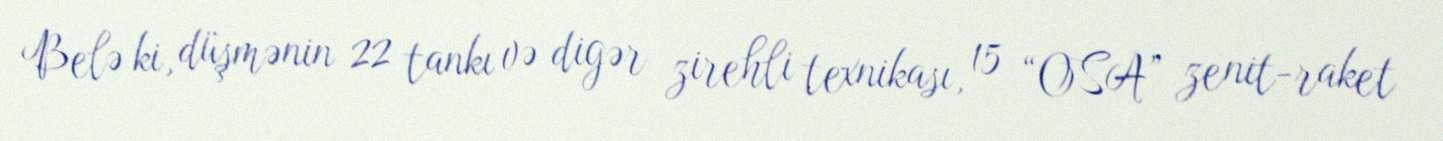
Belə ki, düşmənin 22 tankı və digər zirehli texnikası, 15 “OSA” zenit-raket